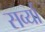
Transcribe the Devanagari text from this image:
सर्व्या